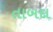
તાબદા